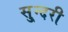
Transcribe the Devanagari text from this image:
सु्न्दरी